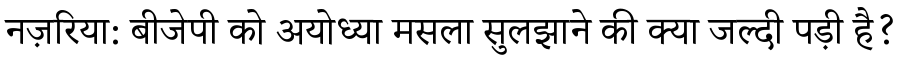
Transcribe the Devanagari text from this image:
नज़रिया: बीजेपी को अयोध्या मसला सुलझाने की क्या जल्दी पड़ी है?